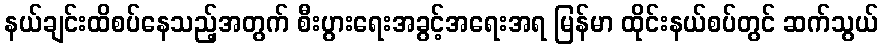
နယ်ချင်းထိစပ်နေသည့်အတွက် စီးပွားရေးအခွင့်အရေးအရ မြန်မာ ထိုင်းနယ်စပ်တွင် ဆက်သွယ်